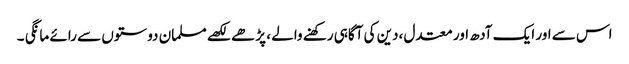
اس سے اور ایک آدھ اور معتدل ،دین کی آگاہی رکھنے والے ، پڑھے لکھے مسلمان دوستوں سے رائے مانگی ۔